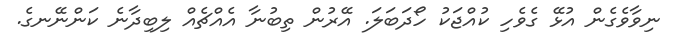
ނިވާވެގެން އުޅޭ ގެވެހި ކުއްޖަކު ހޯދަބަލަ. އޭރުން ތިބުނާ އެއްޗެއް ލިބިދާނެ ކަންނޭނގެ.